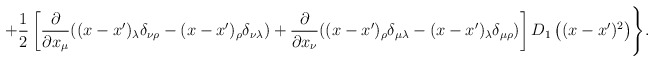
\begin{align*}+\frac12\left[\frac{\partial}{\partial x_\mu}((x-x')_\lambda\delta_{\nu\rho}-(x-x')_\rho\delta_{\nu\lambda})+\frac{\partial}{\partial x_\nu}((x-x')_\rho\delta_{\mu\lambda}-(x-x')_\lambda\delta_{\mu\rho})\right]D_1\left((x-x')^2\right)\Biggr\}.\end{align*}